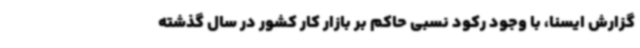
گزارش ایسنا، با وجود رکود نسبی حاکم بر بازار کار کشور در سال گذشته